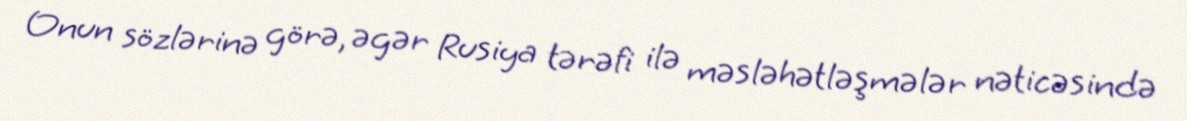
Onun sözlərinə görə, əgər Rusiya tərəfi ilə məsləhətləşmələr nəticəsində